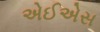
એઈએસ